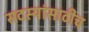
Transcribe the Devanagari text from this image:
सदस्यांसाठीच